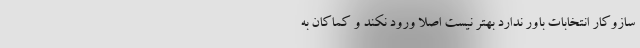
سازوکار انتخابات باور ندارد بهتر نیست اصلاً ورود نکند و کماکان به